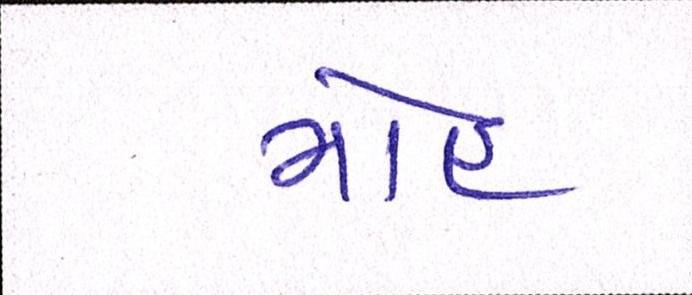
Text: મોહ